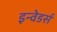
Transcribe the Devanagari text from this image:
इन्वेडर्स